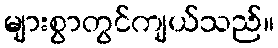
များစွာတွင်ကျယ်သည်။